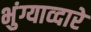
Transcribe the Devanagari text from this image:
भुंग्याव्दारे